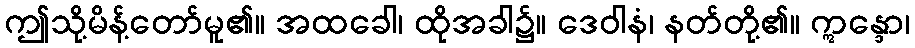
ဤသို့မိန့်တော်မူ၏။ အထခေါ၊ ထိုအခါ၌။ ဒေဝါနံ၊ နတ်တို့၏။ ဣန္ဒော၊